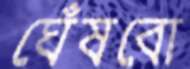
ঘেঁষবো